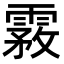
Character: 霚